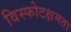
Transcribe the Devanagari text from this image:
विस्फोटक्षमता